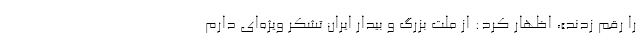
را رقم زدند»، اظهار کرد: از ملت بزرگ و بیدار ایران تشکر ویژه‌ای دارم